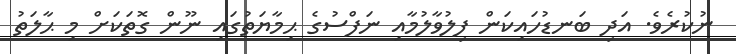
ނުކުރެވެ. އަދި ބަނޑުހައިކަން ފިލުވާލުމާއި ނަފްސުގެ ޙިމާޔަތުގައި ނޫން ގޮތަކަށް މި ޙާލަތު